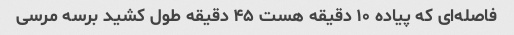
فاصله‌ای که پیاده ۱۰ دقیقه هست ۴۵ دقیقه طول کشید برسه مرسی